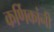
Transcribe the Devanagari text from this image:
कर्णिकांनी